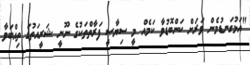
"އަޅުގަނޑުމެން ވަރަށް ކަންބޮޑުވާ ކަމެއް މީ ސިޔާސީ ފަރާތްތަކުގެ ނޫނީ ޝަރީއަތުގަ ތިއްބަވާ